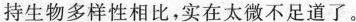
持生物多样性相比，实在太微不足道了。